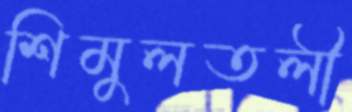
শিমুলতলী